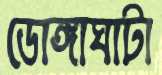
ডোঙ্গাঘাটা